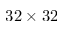
3 2 \times 3 2